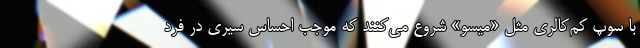
با سوپ کم‌کالری مثل «میسو» شروع می‌کنند که موجب احساس سیری در فرد